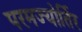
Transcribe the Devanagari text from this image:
परमज्‍योर्तिर